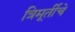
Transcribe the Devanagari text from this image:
त्रिमूर्तीचे